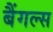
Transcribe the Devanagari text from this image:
बैंगल्स